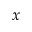
x